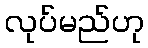
လုပ်မည်ဟု